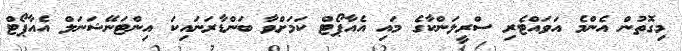
މިގޮތުން އެންމެ އަވައްޓެރި ސްރީލަންކާގެ މައި އެއާޕޯޓް ކަމަށްވާ ބަންޑާރަނައިކަ އިންޓަނޭޝަނަލް އެއާޕޯޓް